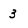
Character: 3